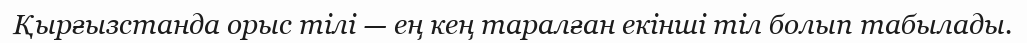
Қырғызстанда орыс тілі — ең кең таралған екінші тіл болып табылады.